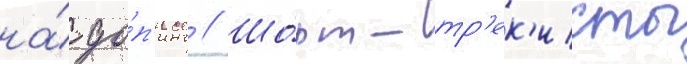
на́ до́п'инг // Шо́рт-тр'ек'исты